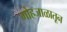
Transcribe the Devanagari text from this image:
मोहजाळातून